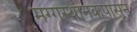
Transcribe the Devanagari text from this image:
मग्गस्थानकपासून